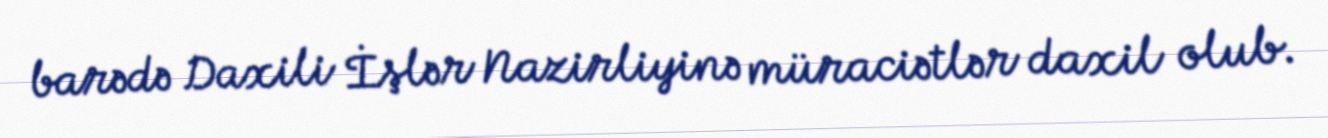
barədə Daxili İşlər Nazirliyinə müraciətlər daxil olub.